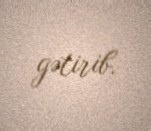
gətirib.